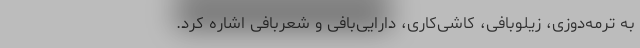
به ترمه‌دوزی، زیلوبافی، کاشی‌کاری، دارایی‌بافی و شَعربافی اشاره کرد.